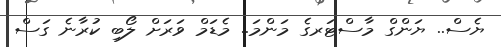
ޔެސް.. ޔަންގް މާސްޓަރގެ މަންމަ.. މެޑަމް ވަރަށް ލޯބި ކުރާނެ ގަސް